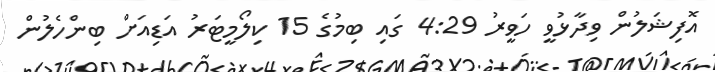
އޮފިޝަލުން ވިދާޅުވީ ހަވީރު 4:29 ގައި ބިމުގެ 15 ކިލޯމީޓަރު އަޑިއަށް ބިންހެލުން